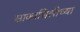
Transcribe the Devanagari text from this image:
साकाश्विलीच्या